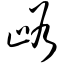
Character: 峪